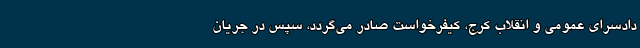
دادسرای عمومی و انقلاب کرج، کیفرخواست صادر می‌گردد، سپس در جریان